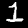
Label: 1